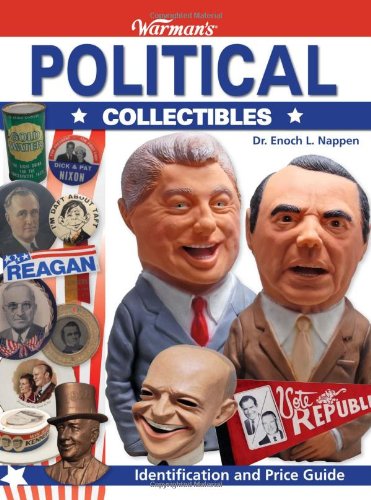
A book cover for Warman's Political Collectibles: Identification and Price Guide (Warmans); Dr Enoch L Nappen; Crafts, Hobbies & Home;